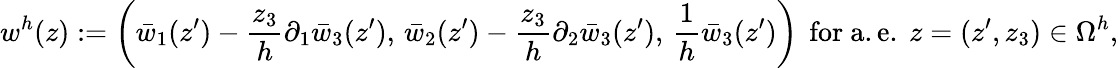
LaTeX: w^{h}(z):=\left(\bar{w}_{1}(z^{\prime})-\frac{z_{3}}{h}\partial_{1}\bar{w}_{3}(z^{\prime}),\, \bar{w}_{2}(z^{\prime})-\frac{z_{3}}{h}\partial_{2}\bar{w}_{3}(z^{\prime}),\, \frac{1}{h}\bar{w}_{3}(z^{\prime})\right)\, \mathrm{~for~a.e.~}z=(z^{\prime},z_{3})\in\Omega^{h},